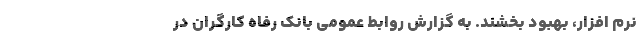
نرم افزار، بهبود بخشند. به گزارش روابط عمومی بانک رفاه کارگران در